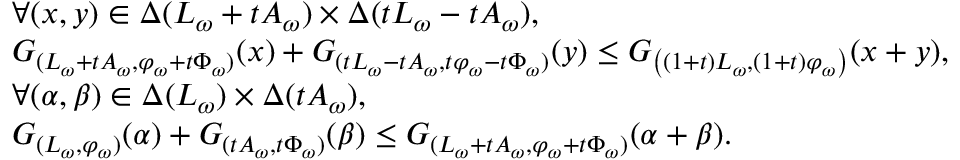
\begin{array} { r l } & { \forall ( x , y ) \in \Delta ( L _ { \omega } + t A _ { \omega } ) \times \Delta ( t L _ { \omega } - t A _ { \omega } ) , } \\ & { G _ { ( L _ { \omega } + t A _ { \omega } , \varphi _ { \omega } + t \Phi _ { \omega } ) } ( x ) + G _ { ( t L _ { \omega } - t A _ { \omega } , t \varphi _ { \omega } - t \Phi _ { \omega } ) } ( y ) \leq G _ { \left( ( 1 + t ) L _ { \omega } , ( 1 + t ) \varphi _ { \omega } \right) } ( x + y ) , } \\ & { \forall ( \alpha , \beta ) \in \Delta ( L _ { \omega } ) \times \Delta ( t A _ { \omega } ) , } \\ & { G _ { ( L _ { \omega } , \varphi _ { \omega } ) } ( \alpha ) + G _ { ( t A _ { \omega } , t \Phi _ { \omega } ) } ( \beta ) \leq G _ { ( L _ { \omega } + t A _ { \omega } , \varphi _ { \omega } + t \Phi _ { \omega } ) } ( \alpha + \beta ) . } \end{array}